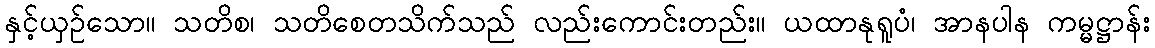
နှင့်ယှဉ်သော။ သတိစ၊ သတိစေတသိက်သည် လည်းကောင်းတည်း။ ယထာနုရူပံ၊ အာနပါန ကမ္မဋ္ဌာန်း